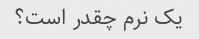
یک نرم چقدر است؟